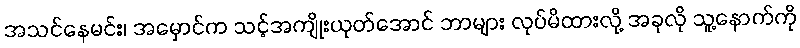
အသင်နေမင်း၊ အမှောင်က သင့်အကျိုးယုတ်အောင် ဘာများ လုပ်မိထားလို့ အခုလို သူ့နောက်ကို